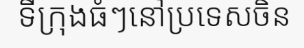
ទីក្រុងធំៗនៅប្រទេសចិន